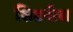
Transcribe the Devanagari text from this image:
सिडनीस